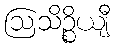
ဩသိဉ္စိယျီ